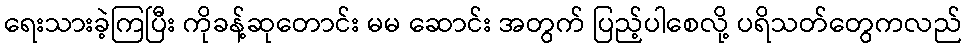
ရေးသားခဲ့ကြပြီး ကိုခန့်ဆုတောင်း မမ ဆောင်း အတွက် ပြည့်ပါစေလို့ ပရိသတ်တွေကလည်